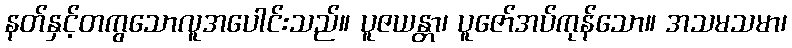
နတ်နှင့်တကွသောလူအပေါင်းသည်။ ပူဇယန္တာ၊ ပူဇော်အပ်ကုန်သော။ အသမသမာ၊